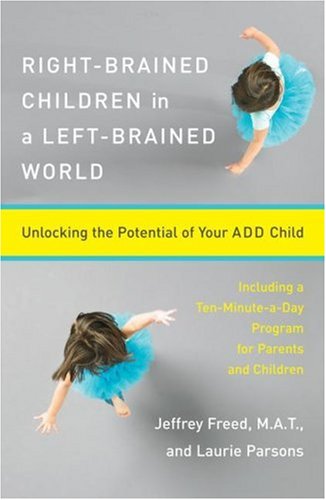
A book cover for Right-Brained Children in a Left-Brained World: Unlocking the Potential of Your ADD Child; Laurie Parsons; Parenting & Relationships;